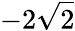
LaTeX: -2\sqrt{2}